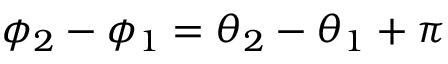
\phi _ { 2 } - \phi _ { 1 } = \theta _ { 2 } - \theta _ { 1 } + \pi